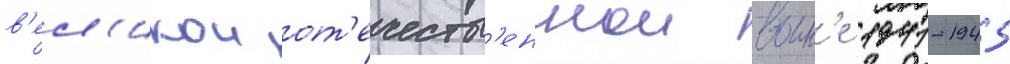
в'ел'икои от'ечеств'еннои воин'е 1941-1945